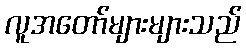
လူအတော်များများသည်